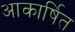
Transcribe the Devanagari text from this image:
आकार्षित